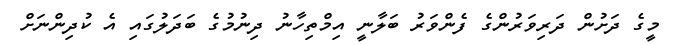
މީގެ ދަށުން ދަރިވަރުންގެ ފެންވަރު ބަލާނީ އިމްތިހާނު ދިނުމުގެ ބަދަލުގައި އެ ކުދިންނަށް